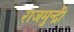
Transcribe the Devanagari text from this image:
राजमुन्द्री